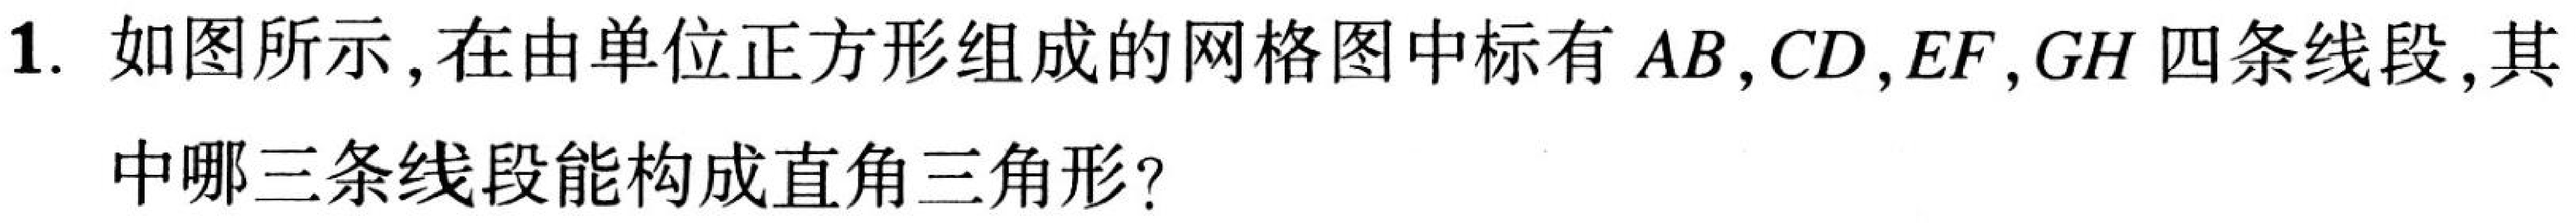
1. 如图所示，在由单位正方形组成的网格图中标有\(AB,CD,EF,GH\)四条线段,其
中哪三条线段能构成直角三角形？